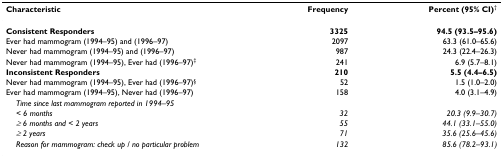
<table><thead><tr><td><b>Characteristic</b></td><td><b>Frequency</b></td><td><b>Percent (95% CI)<sup>†</sup></b></td></tr></thead><tbody><tr><td><b>Consistent Responders</b></td><td><b>3325</b></td><td><b>94.5 (93.5–95.6)</b></td></tr><tr><td>Ever had mammogram (1994–95) and (1996–97)</td><td>2097</td><td>63.3 (61.0–65.6)</td></tr><tr><td>Never had mammogram (1994–95) and (1996–97)</td><td>987</td><td>24.3 (22.4–26.3)</td></tr><tr><td>Never had mammogram (1994–95), Ever had (1996–97)<sup>‡</sup></td><td>241</td><td>6.9 (5.7–8.1)</td></tr><tr><td><b>Inconsistent Responders</b></td><td><b>210</b></td><td><b>5.5 (4.4–6.5)</b></td></tr><tr><td>Never had mammogram (1994–95), Ever had (1996–97)<sup>§</sup></td><td>52</td><td>1.5 (1.0–2.0)</td></tr><tr><td>Ever had mammogram (1994–95), Never had (1996–97)</td><td>158</td><td>4.0 (3.1–4.9)</td></tr><tr><td> <i>Time since last mammogram reported in 1994–95</i></td><td></td><td></td></tr><tr><td> <i>&lt; 6 months</i></td><td><i>32</i></td><td><i>20.3 (9.9–30.7)</i></td></tr><tr><td> <i>≥ 6 months and &lt; 2 years</i></td><td><i>55</i></td><td><i>44.1 (33.1–55.0)</i></td></tr><tr><td> <i>≥ 2 years</i></td><td><i>71</i></td><td><i>35.6 (25.6–45.6)</i></td></tr><tr><td> <i>Reason for mammogram: check up / no particular problem</i></td><td><i>132</i></td><td><i>85.6 (78.2–93.1)</i></td></tr></tbody></table>